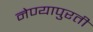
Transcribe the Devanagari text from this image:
नेण्यापुरती